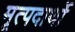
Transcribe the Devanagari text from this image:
मृत्पदार्थो